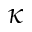
\kappa